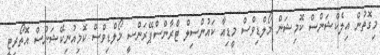
މިގޮތުން އިލެކްޝަންސް ކޮމިޝަން މޯލްޑިވްސް މީޑިއާ ކައުންސިލް ޓްރާންސްޕޭރަންސީ މޯލްޑިވްސް ކޮމިއުނިކޭޝަންސް އޮތޯރިޓީ